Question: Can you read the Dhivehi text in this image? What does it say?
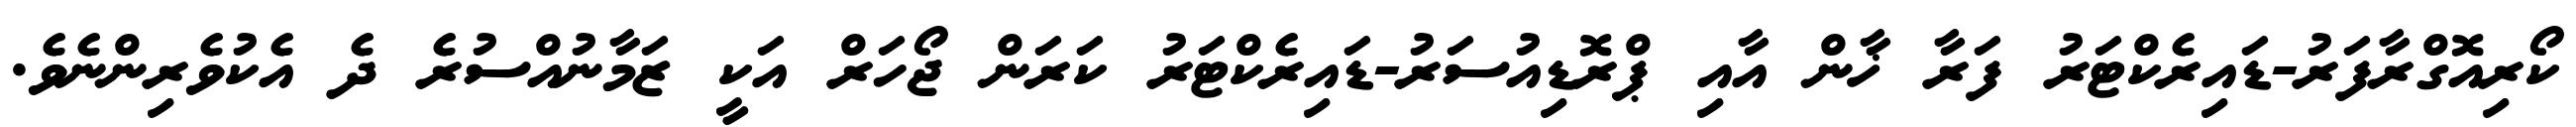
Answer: ކޯރިއޮގްރާފަރު-ޑައިރެކްޓަރު ފަރާ ޚާން އާއި ޕްރޮޑިއުސަރު-ޑައިރެކްޓަރު ކަރަން ޖޯހަރް އަކީ ޒަމާނުއްސުރެ ދެ އެކުވެރިންނެވެ.